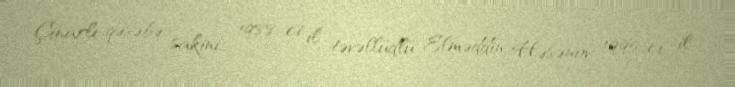
Çinarlı qəsəbə sakini, 1988-ci il təvəllüdlü Elməddin Həsənov 1995-ci il